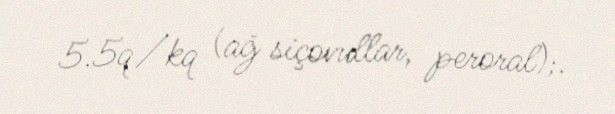
5.5q/kq (ağ siçovullar, peroral);.